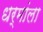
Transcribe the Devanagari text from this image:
धर्मांला